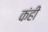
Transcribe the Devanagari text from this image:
कंही